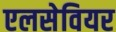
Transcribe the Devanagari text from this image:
एलसेवियर